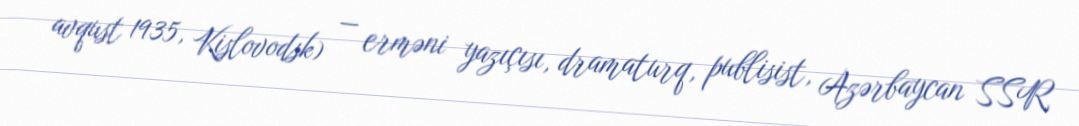
avqust 1935, Kislovodsk) — erməni yazıçısı, dramaturq, publisist, Azərbaycan SSR